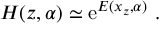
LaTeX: { \cal H } ( z , \alpha ) \simeq \mathrm { e } ^ { E ( x _ { z } , \alpha ) } \ .